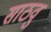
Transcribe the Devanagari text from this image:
साठवु